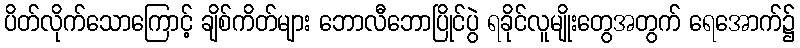
ပိတ်လိုက်သောကြောင့် ချိစ်ကိတ်များ ဘောလီဘောပြိုင်ပွဲ ရခိုင်လူမျိုးတွေအတွက် ရေအောက်၌